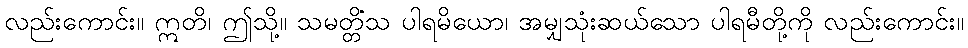
လည်းကောင်း။ ဣတိ၊ ဤသို့။ သမတ္တိံသ ပါရမိယော၊ အမျှသုံးဆယ်သော ပါရမီတို့ကို လည်းကောင်း။